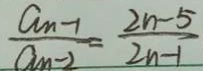
\frac { a _ { n - 1 } } { a _ { n - 2 } } = \frac { 2 n - 5 } { 2 n - 1 }